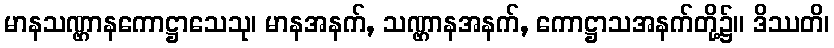
မာနသဏ္ဌာနကောဋ္ဌာသေသု၊ မာနအနက်, သဏ္ဌာနအနက်, ကောဋ္ဌာသအနက်တို့၌။ ဒိဿတိ၊